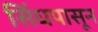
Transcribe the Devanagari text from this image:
सिंधपासून